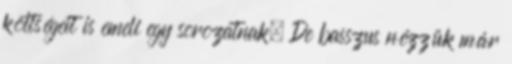
költségeit is emeli egy sorozatnak. De basszus nézzük már